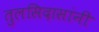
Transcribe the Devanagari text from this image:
तुलसिदासांनी